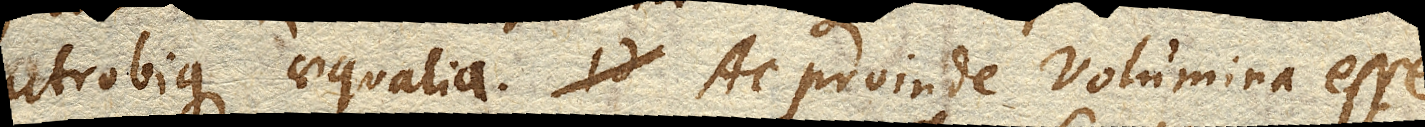
utrobique aequalia. Ac proinde Volumina esse,